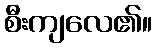
စီးကျလေ၏။